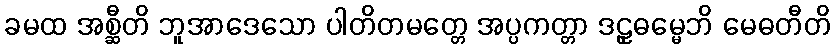
ခမထ အစ္ဆီတိ ဘူအာဒေသော ပါတိတမတ္တေ အပ္ပကတ္တာ ဒဠှဓမ္မေဘိ မေဓတီတိ